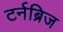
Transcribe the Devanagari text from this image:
टर्नब्रिज